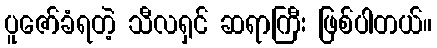
ပူဇော်ခံရတဲ့ သီလရှင် ဆရာကြီး ဖြစ်ပါတယ်။